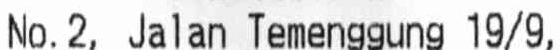
NO.2, JALAN TEMENGGUNG 19/9,